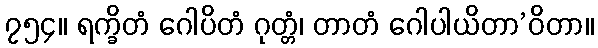
၇၅၄။ ရက္ခိတံ ဂေါပိတံ ဂုတ္တံ၊ တာတံ ဂေါပါယိတာ’ဝိတာ။